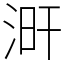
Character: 涆